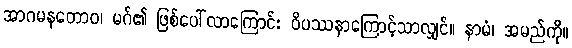
အာဂမနတောဝ၊ မဂ်၏ ဖြစ်ပေါ်လာကြောင်း ဝိပဿနာကြောင့်သာလျှင်။ နာမံ၊ အမည်ကို။